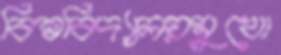
বিশ্ববিদ্যালয়মুখো